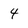
Character: 4